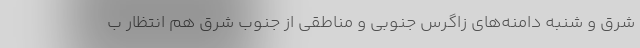
شرق و شنبه دامنه‌های زاگرس جنوبی و مناطقی از جنوب شرق هم انتظار ب